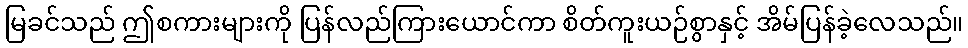
မြခင်သည် ဤစကားများကို ပြန်လည်ကြားယောင်ကာ စိတ်ကူးယဉ်စွာနှင့် အိမ်ပြန်ခဲ့လေသည်။